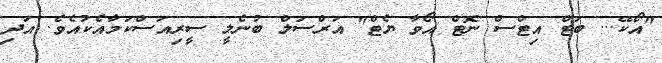
"އޯކޭ... ބަޓް އިޓްސް ނޮޓް އޯވާ ޔެޓް" އަރްސަލް ބުނެލީ ސީރިއަސްކަމާއެކުއެވެ. އަދި